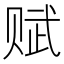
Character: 赋